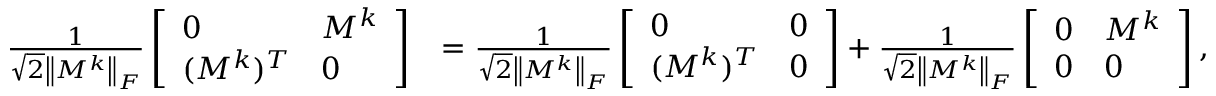
\begin{array} { r l } { \frac { 1 } { \sqrt { 2 } \left\| M ^ { k } \right\| _ { F } } \left[ \begin{array} { l l } { 0 } & { M ^ { k } } \\ { ( M ^ { k } ) ^ { T } } & { 0 } \end{array} \right] } & { = \frac { 1 } { \sqrt { 2 } \left\| M ^ { k } \right\| _ { F } } \left[ \begin{array} { l l } { 0 } & { 0 } \\ { ( M ^ { k } ) ^ { T } } & { 0 } \end{array} \right] + \frac { 1 } { \sqrt { 2 } \left\| M ^ { k } \right\| _ { F } } \left[ \begin{array} { l l } { 0 } & { M ^ { k } } \\ { 0 } & { 0 } \end{array} \right] , } \end{array}